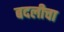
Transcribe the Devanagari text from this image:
बदलीचा